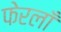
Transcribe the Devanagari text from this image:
फेरलाँ